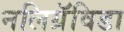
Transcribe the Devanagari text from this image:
नलिग्रॅविडा